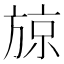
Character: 𭤼